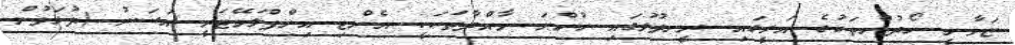
ޒަމާނީ ހޯދުންތަކުގެ އަލީގައި ރީނދުލުގައި ހުންނަ މާއްދާތަކަކީ އެންޓި އިންފްލަމޭޓަރީ އަސަރު (ދުޅަވުން